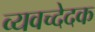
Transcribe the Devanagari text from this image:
व्यवच्देदक